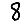
Digit: 8